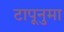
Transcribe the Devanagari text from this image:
टापूनुमा